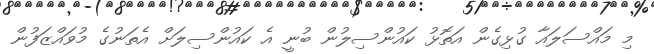
މި މައްސަލައާ ގުޅިގެން އަތޮޅު ކައުންސިލުން ބުނީ އެ ކައުންސިލަށް އެތަނުގެ މުވައްޒަފުން